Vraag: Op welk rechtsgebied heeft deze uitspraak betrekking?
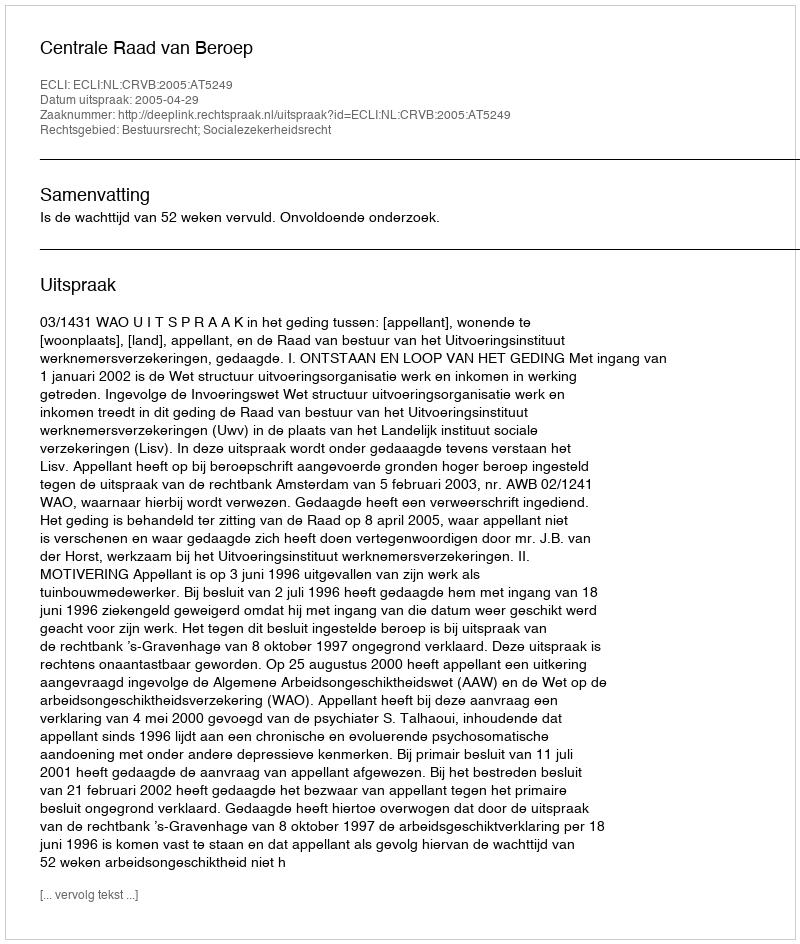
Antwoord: Bestuursrecht; Socialezekerheidsrecht